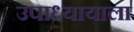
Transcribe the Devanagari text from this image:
उपाध्यायाला